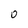
Character: 0